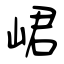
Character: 峮